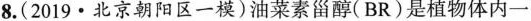
8.(2019\cdot 北京朝阳区一模)油菜素甾醇(BR)是植物体内一